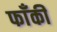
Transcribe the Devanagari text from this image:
फाँकी